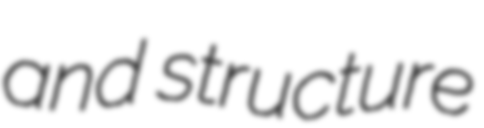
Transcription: and structure